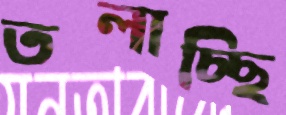
তলাচ্ছি